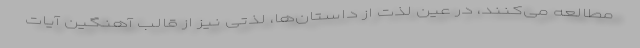
مطالعه می‌کنند، در عین لذت از داستان‌ها، لذتی نیز از قالب آهنگین آیات